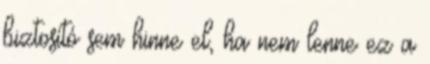
biztosító sem hinne el, ha nem lenne ez a